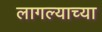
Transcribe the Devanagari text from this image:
लागल्याच्या